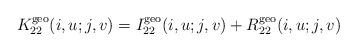
LaTeX: \begin{align*}K^{\rm geo}_{22}(i, u;j,v) = I^{\rm geo}_{22}(i, u;j,v)+ R^{\rm geo}_{22}(i, u;j,v)\end{align*}